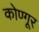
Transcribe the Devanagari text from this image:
कोण्गूर